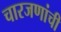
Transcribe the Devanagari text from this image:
चारजणांची